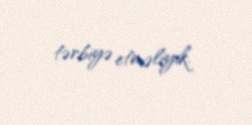
tərbiyə etməliyik.